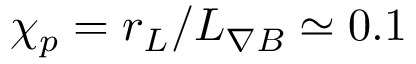
\chi _ { p } = r _ { L } / L _ { \nabla B } \simeq 0 . 1